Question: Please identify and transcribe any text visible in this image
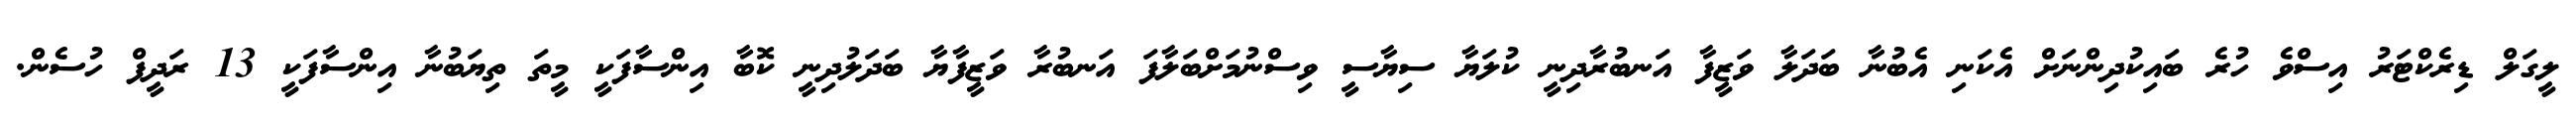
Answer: ލީގަލް ޑިރެކްޓަރު އިސްވެ ހުރެ ބައިކުދިންނަށް އެކަނި އެބުނާ ބަދަލާ ވަޒީފާ އަނބުރާދިނީ ކުލަޔާ ސިޔާސީ ވިސްނުމަށްބަލާފަ އަނބުރާ ވަޒީފާޔާ ބަދަލުދިނީ ކޮބާ އިންސާފަކީ މީތަ ތިޔަބުނާ އިންސާފަކީ 13 ރަދީފް ހުސެން.